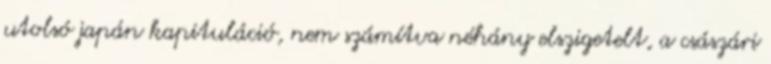
utolsó japán kapituláció, nem számítva néhány elszigetelt, a császári